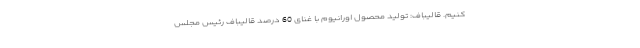
کنیم. قالیباف: تولید محصول اورانیوم با غنای 60 درصد قالیباف رئیس مجلس